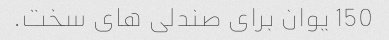
150 یوان برای صندلی های سخت.